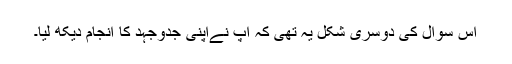
اس سوال کی دوسری شکل یہ تھی کہ آپ نےاپنی جدوجہد کا انجام دیکھ لیا۔